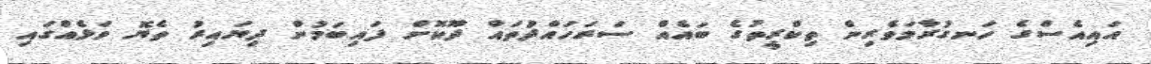
އައިއެސްގެ ހަނގުރާމަވެރިން ތިކްރީތުގެ ބައެއް ސަރަހައްދުތައް ދޫކޮށް ފައިބަމުން ދިޔައިރު ތެޔޮ ވަޅެއްގައި